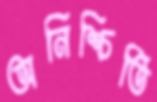
অনিশ্চিতি